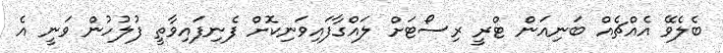
ބެލެވޭ އެއްޗެއް ބަނިއަން ޓްރީ ރިސޯޓަށް ލައްގާފައިވަނިކޮށް ފެނިފައިވާތީ ފުލުހުން ވަނީ އެ